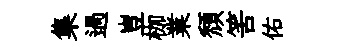
集過豈枷業頹筈佑